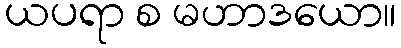
ယပရာ စ မဟာဒယော။